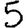
Digit: 5